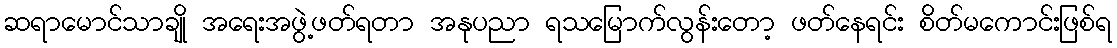
ဆရာမောင်သာချို အရေးအဖွဲ့ဖတ်ရတာ အနုပညာ ရသမြောက်လွန်းတော့ ဖတ်နေရင်း စိတ်မကောင်းဖြစ်ရ